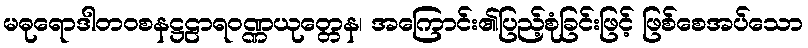
မဓုရောဒါတဝစနဋ္ဌဠာရဝဏ္ဏယုတ္တေန၊ အကြောင်း၏ပြည့်စုံခြင်းဖြင့် ဖြစ်စေအပ်သော